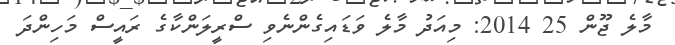
މާލެ ޖޫން 25 2014: މިއަދު މާލެ ވަޑައިގެންނެވި ސްރީލަންކާގެ ރައީސް މަހިންދަ